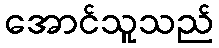
အောင်သူသည်